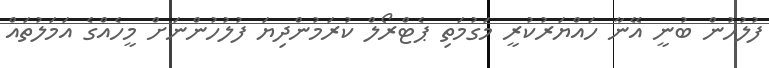
ފުލުހުން ބުނީ އޭނާ ހައްޔަރުކުރީ މަގުމަތި ޕެޓްރޯލް ކުރަމުންދިޔަ ފުލުހުންނަށް މީހެއްގެ އަމަލުތައް